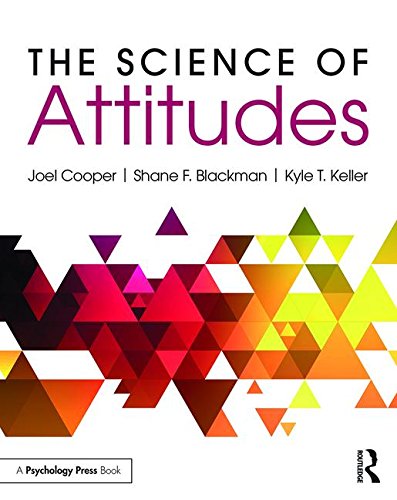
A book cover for The Science of Attitudes; Joel Cooper; Medical Books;